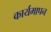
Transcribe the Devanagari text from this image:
कार्यमापन